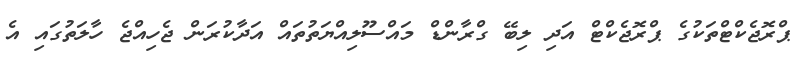
ޕްރޮޖެކްޓްތަކުގެ ޕްރޮޖެކްޓް އަދި ލިބޭ ގްރާންޑް މައްސޫލިއްޔަތުތައް އަދާކުރަން ޖެހިއްޖެ ހާލަތުގައި އެ